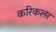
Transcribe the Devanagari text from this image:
करिकलर